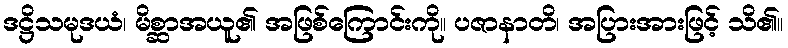
ဒဋ္ဌိသမုဒယံ၊ မိစ္ဆာအယူ၏ အဖြစ်ကြောင်းကို။ ပဇာနာတိ၊ အပြားအားဖြင့် သိ၏။